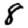
Digit: 8